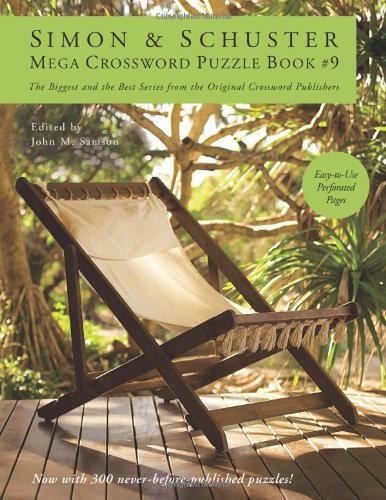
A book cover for Simon & Schuster Mega Crossword Puzzle Book #9; Humor & Entertainment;